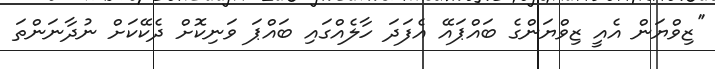
''ޒިވްޔަން އެއީ ޒިވްޔަންގެ ބައްޕައޭ އެފަދަ ހާލެއްގައި ބައްޕަ ވަނިކޮށް ދެކޭކަށް ނުދާނަންތަ